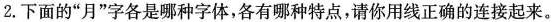
2.下面的”月”字各是哪种字体，各有哪种特点，请你用线正确的连接起来。